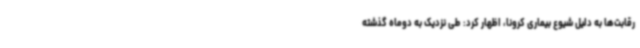
رقابت‌ها به دلیل شیوع بیماری کرونا، اظهار کرد: طی نزدیک به دوماه گذشته